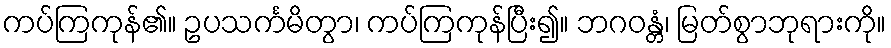
ကပ်ကြကုန်၏။ ဥပသင်္ကမိတွာ၊ ကပ်ကြကုန်ပြီး၍။ ဘဂဝန္တံ၊ မြတ်စွာဘုရားကို။